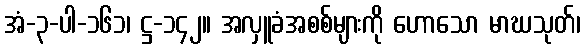
အံ-၃-ပါ-၁၆၁၊ ဋ္ဌ-၁၄၂။ အလှူခံအစစ်များကို ဟောသော မာဃသုတ်၊